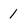
Character: 1